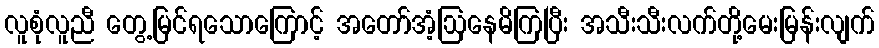
လူစုံလူညီ တွေ့မြင်ရသောကြောင့် အတော်အံ့ဩနေမိကြပြီး အသီးသီးလက်တို့မေးမြန်းလျက်